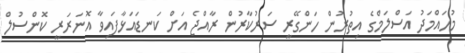
މުހައްމަދު އަސްލަމްގެ އިތުރުން ހަންގޭރީ ސަރުކާރުން ރާއްޖެ އަށް ކަނޑައަޅާފައިވާ އޮނަރަރީ ކޮންސުލް